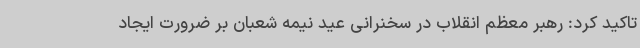
تاکید کرد: رهبر معظم انقلاب در سخنرانی عید نیمه شعبان بر ضرورت ایجاد